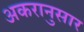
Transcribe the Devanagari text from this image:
अकरानुसार